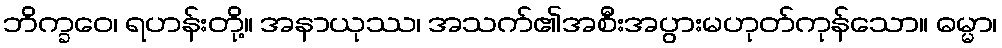
ဘိက္ခဝေ၊ ရဟန်းတို့။ အနာယုဿ၊ အသက်၏အစီးအပွားမဟုတ်ကုန်သော။ ဓမ္မာ၊